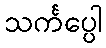
သင်္ကပ္ပေါ